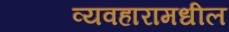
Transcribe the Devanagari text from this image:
व्यवहारामधील